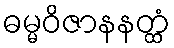
ဓမ္မဝိဇာနနတ္ထံ